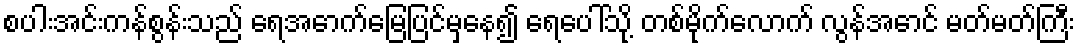
စပါးအင်းကန်စွန်းသည် ရေအောက်မြေပြင်မှနေ၍ ရေပေါ်သို့ တစ်မိုက်လောက် လွန်အောင် မတ်မတ်ကြီး